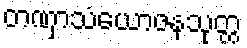
တဏှာသံယောဇနသုတ္တ